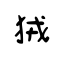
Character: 狨